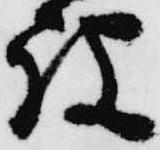
被